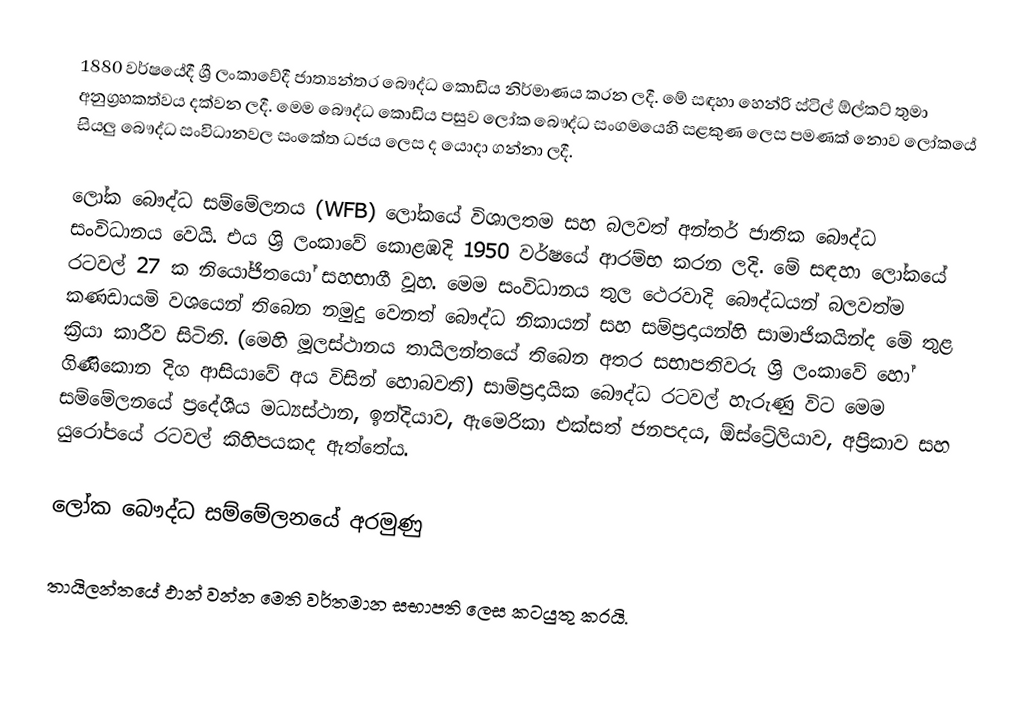
1880 වර්ෂයේදී ශ්‍රී ලංකාවේදී ජාත්‍යන්තර බෞද්ධ කොඩිය නිර්මාණය කරන ලදී. මේ සඳහා හෙන්රි ස්ටිල් ඕල්කට් තුමා අනුග්‍රහකත්වය දක්වන ලදී. මෙම බෞද්ධ කොඩිය පසුව ලෝක බෞද්ධ සංගමයෙහි සළකුණ ලෙස පමණක් නොව ලෝකයේ සියලු බෞද්ධ සංවිධානවල සංකේත ධජය ලෙස ද යොදා ගන්නා ලදී.

ලෝක බෞද්ධ සම්මේලනය (WFB)  ලෝකයේ විශාලතම සහ බලවත් අන්තර් ජාතික බෞද්ධ සංවිධානය වෙයි. එය ශ්‍රි ලංකාවේ කොළඹදි 1950 වර්ෂයේ ආරම්භ කරන ලදි. මේ සඳහා ලෝකයේ රටවල් 27 ක නියෝජිතයෝ සහභාගී වූහ. මෙම සංවිධානය තුල ථෙරවාදි බෞද්ධයන් බලවත්ම කණඩායමි වශයෙන් තිබෙන නමුදු වෙනත් බෞද්ධ නිකායන් සහ සම්ප්‍රදායන්හි සාමාජිකයින්ද මේ තුළ ක්‍රියා කාරීව සිටිති. (මෙහි මූලස්ථානය තායිලන්තයේ තිබෙන අතර සභාපතිවරු ශ්‍රි ලංකාවේ හෝ ගිණිකොන දිග ආසියාවේ අය විසින් හොබවති) සාම්ප්‍රදායික බෞද්ධ රටවල් හැරුණු විට මෙම සම්මේලනයේ ප්‍රදේශීය මධ්‍යස්ථාන, ඉන්දියාව, ඇමෙරිකා එක්සත් ජනපදය, ඕස්ට්‍රේලියාව, අප්‍රිකාව සහ යුරෝපයේ රටවල් කිහිපයකද ඇත්තේය.

ලෝක බෞද්ධ සම්මේලනයේ අරමුණු

තායිලන්තයේ ඵාන් වන්න මෙති වර්තමාන සභාපති ලෙස කටයුතු කරයි.